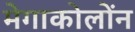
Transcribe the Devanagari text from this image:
मेगाकोलोंन